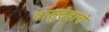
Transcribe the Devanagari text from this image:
वासुदेवाचे